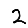
Digit: 2